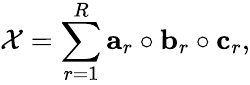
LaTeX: \mathcal{X}=\sum_{r=1}^{R}\mathbf{a}_{r}\circ\mathbf{b}_{r}\circ\mathbf{c}_{r},